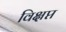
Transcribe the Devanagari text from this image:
विक्षप्त